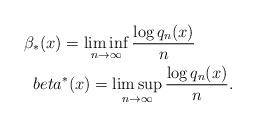
LaTeX: \begin{align*}\beta_*(x) = \liminf\limits_{n \to \infty}\frac{\log q_n(x)}{n}\ \ \ \ \ \ \ \\beta^*(x) = \limsup\limits_{n \to \infty}\frac{\log q_n(x)}{n}.\end{align*}